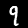
Digit: 9